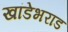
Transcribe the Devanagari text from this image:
खांडेभराड